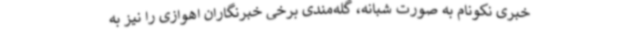
خبری نکونام به صورت شبانه، گله‌مندی برخی خبرنگاران اهوازی را نیز به